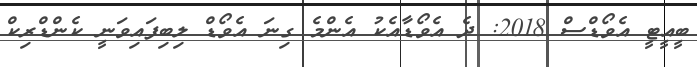
ބީއީޓީ އެވޯޑްސް 2018: ދެ އެވޯޑާއެކު އެންމެ ގިނަ އެވޯޑް ލިބިފައިވަނީ ކެންޑްރިކް